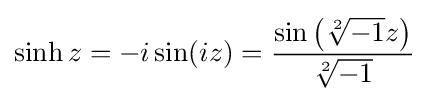
\sinh z=-i\sin(iz)={\frac {\sin \left({\sqrt[{2}]{-1}}z\right)}{\sqrt[{2}]{-1}}}